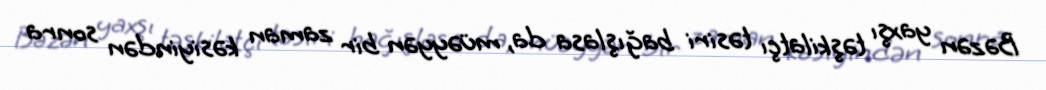
Bəzən yaxşı təşkilatçı təsiri bağışlasa da, müəyyən bir zaman kəsiyindən sonra